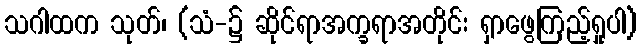
သဂါထက သုတ်၊ (သံ-၌ ဆိုင်ရာအက္ခရာအတိုင်း ရှာဖွေကြည့်ရှုပါ)